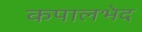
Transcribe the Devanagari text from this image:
कपालभेद